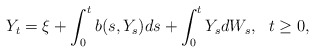
\begin{align*}Y_{t}=\xi +\int_{0}^{t}b(s,Y_{s})ds+\int_{0}^{t}Y_{s}dW_{s},\ \ t\geq 0,\end{align*}